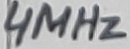
Text: 4MHz